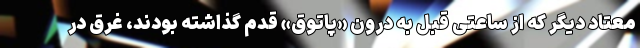
معتاد دیگر که از ساعتی قبل به درون «پاتوق» قدم گذاشته بودند، غرق در